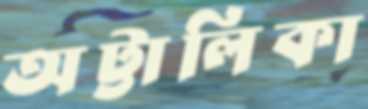
অট্টালিকা